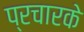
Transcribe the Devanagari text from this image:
प्रचारके